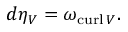
d \eta _ { V } = \omega _ { \operatorname { c u r l } V } .